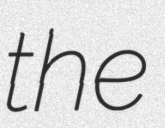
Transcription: the